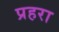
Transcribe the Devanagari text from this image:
प्रहरा